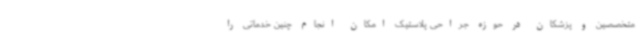
متخصصین و پزشکان در حوزه جراحی پلاستیک امکان انجام چنین خدماتی را